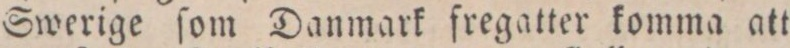
Swerige ſom Danmark fregatter komma att